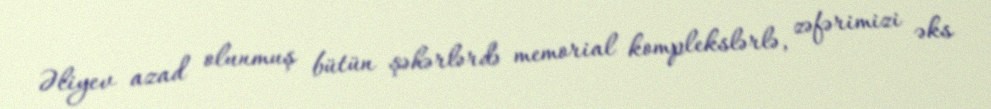
Əliyev azad olunmuş bütün şəhərlərdə memorial komplekslərlə, zəfərimizi əks